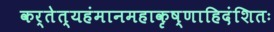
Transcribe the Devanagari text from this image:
कर्तेत्यहंमानमहाकृष्णाहिदंशितः